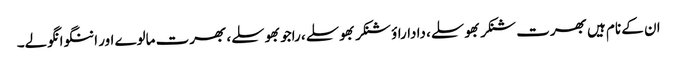
ان کے نام ہیں بھرت شنکر بھوسلے، داداراؤ شنکر بھوسلے، راجو بھوسلے، بھرت مالوے اور اننگو انگولے۔